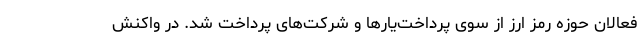
فعالان حوزه رمز ارز از سوی پرداخت‌یارها و شرکت‌های پرداخت شد. در واکنش